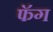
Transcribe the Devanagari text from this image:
फॅग